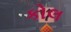
કોલ